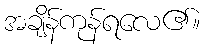
အချိန်ကုန်ရလေ၏။